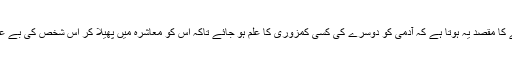
جاسوسی کرنے کا مقصد یہ ہوتا ہے کہ آدمی کو دوسرے کی کسی کمزوری کا علم ہو جائے تاکہ اس کو معاشرہ میں پھیلا کر اس شخص کی بے عزتی کر سکے۔